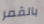
بالقمر